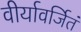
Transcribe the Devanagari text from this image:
वीर्यावर्जितं